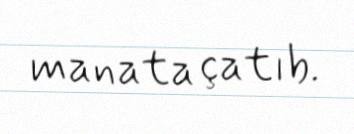
manata çatıb.